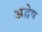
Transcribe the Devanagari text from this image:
अद्वेष